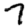
Digit: 7